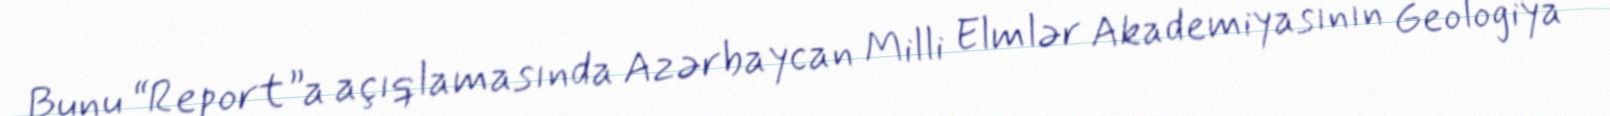
Bunu “Report”a açıqlamasında Azərbaycan Milli Elmlər Akademiyasının Geologiya